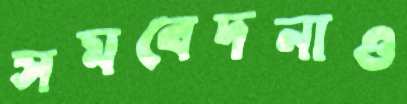
সমবেদনাও